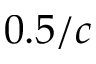
0 . 5 / c